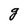
Character: g